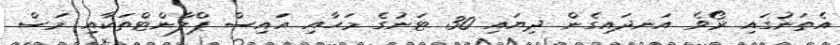
އެތަނުގައި ރޯވެ އަނދައިގެން ދިޔައި 30 ޓަނުގެ މަހާއި އައިސް ޕްލާންޓްތަކާއި މަސް